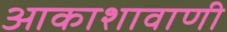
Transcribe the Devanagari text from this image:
आकाशावाणी